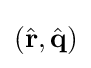
({\hat {\mathbf {r} }},{\hat {\mathbf {q} }})